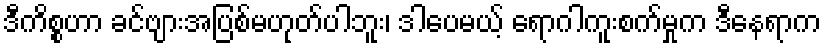
ဒီကိစ္စဟာ ခင်ဗျားအပြစ်မဟုတ်ပါဘူး၊ ဒါပေမယ့် ရောဂါကူးစက်မှုက ဒီနေရာက